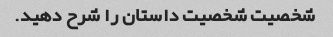
شخصیت شخصیت داستان را شرح دهید.